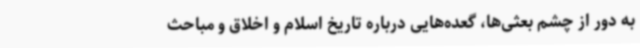
به دور از چشم بعثی‌ها، گعده‌هایی درباره تاریخ اسلام و اخلاق و مباحث